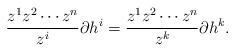
LaTeX: \begin{align*}\frac{z^1z^2\cdots z^n}{z^i} \partial h^i = \frac{z^1z^2\cdots z^n}{z^k} \partial h^k.\end{align*}